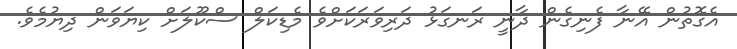
އެގޮތުން އޭނާ ފެނިގެން ދާނީ ރަނގަޅު ދަރިވަރަކަށްވެ މެޑިކަލް ސްކޫލަށް ކިޔަވަން ދިޔުމެވެ.